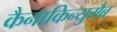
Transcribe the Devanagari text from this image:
कैनाकिन्युमैब